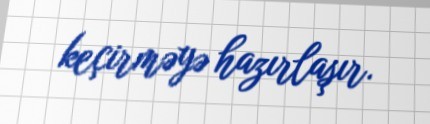
keçirməyə hazırlaşır.